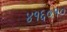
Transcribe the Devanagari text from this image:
४१६०१०